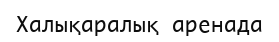
Халықаралық аренада